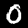
Digit: 0